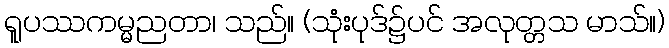
ရူပဿကမ္မညတာ၊ သည်။ (သုံးပုဒ်၌ပင် အလုတ္တသ မာသ်။)